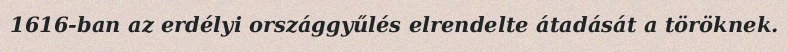
1616-ban az erdélyi országgyűlés elrendelte átadását a töröknek.